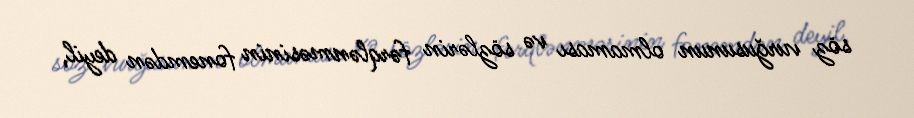
söz vurğusunun olmaması və sözlərin fərqlənməsinin fonemdən deyil,